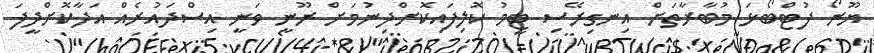
ޔޫރޯ ފުޓްބޯޅަ މުބާރާތަށް އިނގިރޭސި ޓީމު ކޮލިފައިކޮށްދިނުމަށް ރޫނީ ވަނީ އިސްދައުރެއް އަދާކޮށްދީފަ